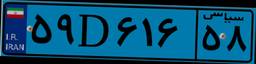
۷۷D۰۰۸۵۶